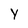
Character: Y